Vaccination in the Punjab 1897-1904 - 1897-1904
Year: 1897
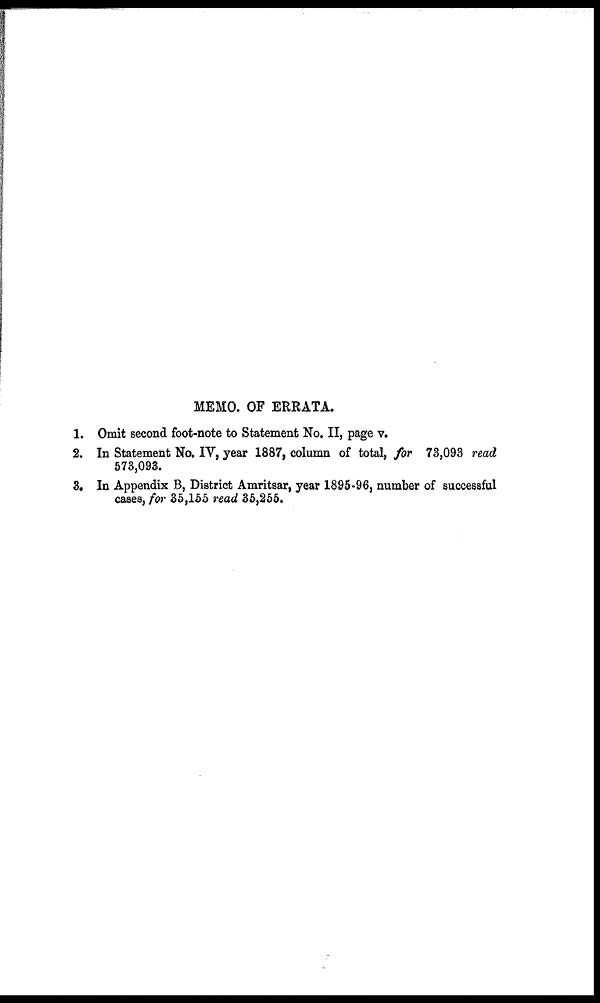
MEMO. OF ERRATA.
1. Omit second foot-note to Statement No. II, page v.
2. In Statement No. IV, year 1887, column of total, for 73,093 read
573,093.
3. In Appendix B, District Amritsar, year 1895-96, number of successful
cases, for 35,155 read 35,255.